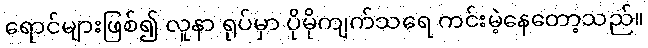
ရောင်များဖြစ်၍ လူနာ ရုပ်မှာ ပိုမိုကျက်သရေ ကင်းမဲ့နေတော့သည်။